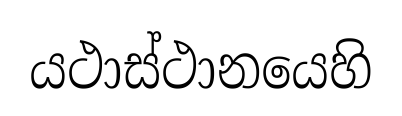
යථාස්ථානයෙහි